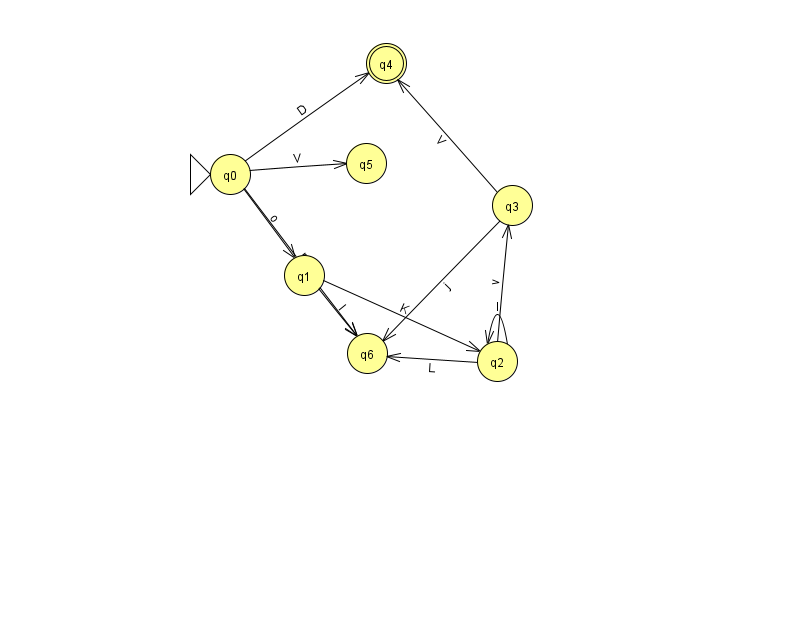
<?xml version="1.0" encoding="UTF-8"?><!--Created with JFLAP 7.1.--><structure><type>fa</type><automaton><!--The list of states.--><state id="0" name="q0"><x>230.0</x><y>161.0</y><initial/></state><state id="1" name="q1"><x>304.0</x><y>262.0</y></state><state id="2" name="q2"><x>497.0</x><y>348.0</y></state><state id="3" name="q3"><x>512.0</x><y>192.0</y></state><state id="4" name="q4"><x>386.0</x><y>50.0</y><final/></state><state id="5" name="q5"><x>366.0</x><y>150.0</y></state><state id="6" name="q6"><x>367.0</x><y>340.0</y></state><!--The list of transitions.--><transition><from>2</from><to>3</to><read>v</read></transition><transition><from>1</from><to>6</to><read>l</read></transition><transition><from>0</from><to>4</to><read>D</read></transition><transition><from>2</from><to>6</to><read>L</read></transition><transition><from>0</from><to>6</to><read>m</read></transition><transition><from>1</from><to>2</to><read>K</read></transition><transition><from>3</from><to>4</to><read>V</read></transition><transition><from>0</from><to>1</to><read>o</read></transition><transition><from>2</from><to>2</to><read>l</read></transition><transition><from>3</from><to>6</to><read>j</read></transition><transition><from>0</from><to>5</to><read>V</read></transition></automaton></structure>